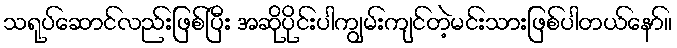
သရုပ်ဆောင်လည်းဖြစ်ပြီး အဆိုပိုင်းပါကျွမ်းကျင်တဲ့မင်းသားဖြစ်ပါတယ်နော်။